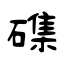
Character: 磼